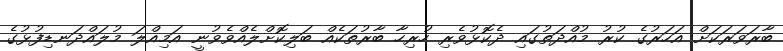
ބާރަވަރަކަށް އަހަރުގެ ކުރު މުއްދަތުގައި ދެކޮޅުވެރި ހުރިހާ ބާރުތަކެއް ބަލިކޮށްލެއްވެވުނީ އަމިއްލަ މުލައްދަނޑިފުޅުގެ